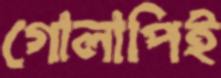
গোলাপিই